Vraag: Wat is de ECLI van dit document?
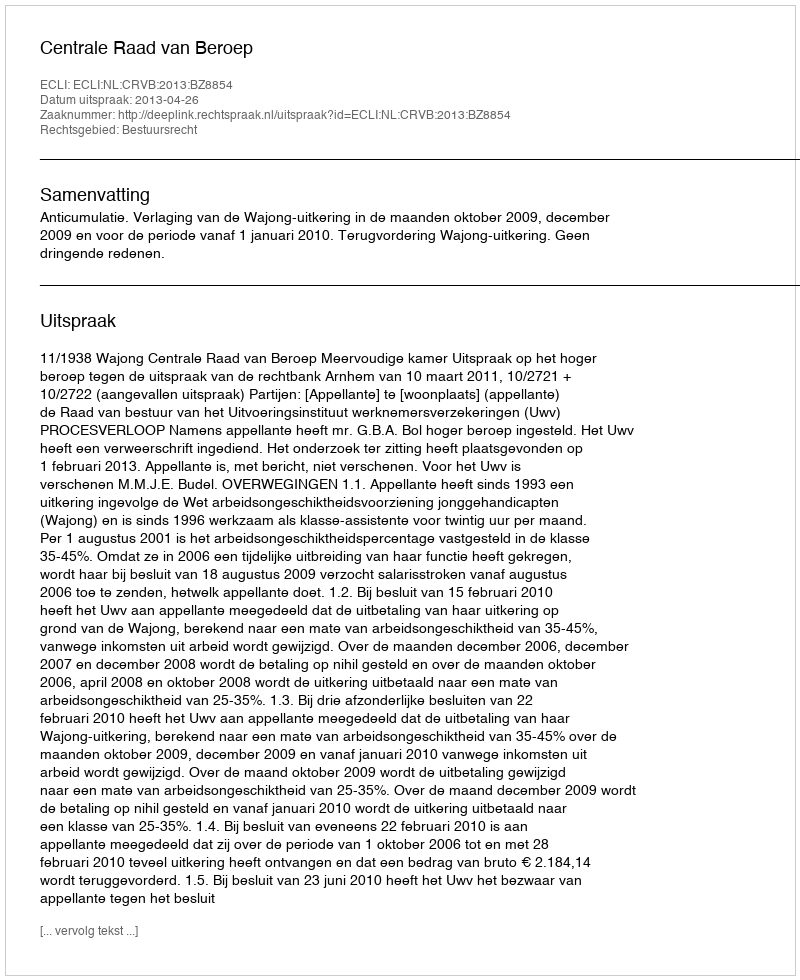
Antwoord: ECLI:NL:CRVB:2013:BZ8854